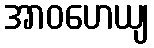
အာဝဟေယျ